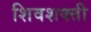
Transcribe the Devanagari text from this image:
शिवशक्ती